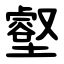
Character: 壑